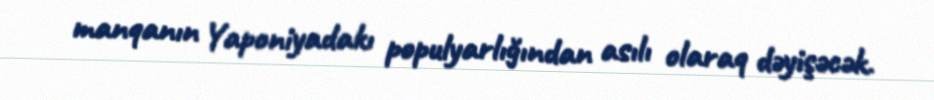
manqanın Yaponiyadakı populyarlığından asılı olaraq dəyişəcək.